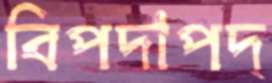
বিপদাপদ্‌